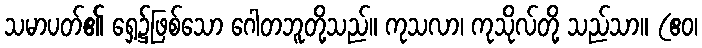
သမာပတ်၏ ရှေ့၌ဖြစ်သော ဂေါတဘူတို့သည်။ ကုသလာ၊ ကုသိုလ်တို့ သည်သာ။ (ဧဝ၊